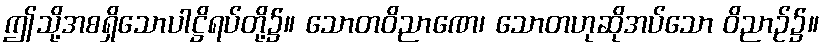
ဤသို့အစရှိသောပါဋ္ဌိရပ်တို့၌။ သောတဝိညာဏေ၊ သောတဟုဆိုအပ်သော ဝိညာဉ်၌။